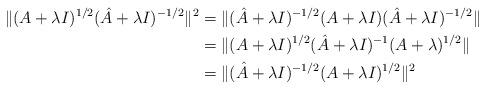
LaTeX: \begin{align*}\| ( A + \lambda I)^{1/2} (\hat A + \lambda I)^{-1/2} \|^2 & = \| ( \hat A + \lambda I)^{-1/2} (A+\lambda I) (\hat A + \lambda I)^{-1/2} \| \\& = \| ( A + \lambda I)^{1/2} (\hat A + \lambda I)^{-1} (A+\lambda)^{1/2}\|\\& = \| (\hat A + \lambda I)^{-1/2} ( A + \lambda I)^{1/2} \|^2\end{align*}